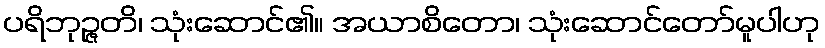
ပရိဘုဉ္ဇတိ၊ သုံးဆောင်၏။ အယာစိတော၊ သုံးဆောင်တော်မူပါဟု